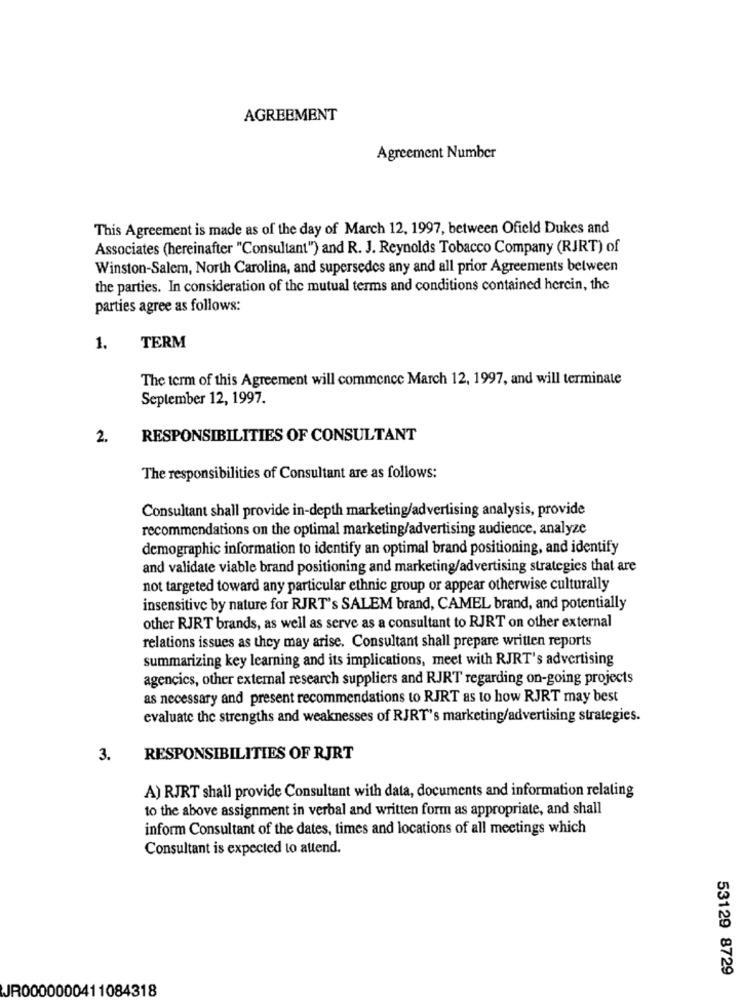
AGREEMENT
Agreement Number
This Agreement is made as of the day of March 12, 1997, between Ofield Dukes and
Associates (hereinafter "Consultant") and R. J. Reynolds Tobacco Company (RJRT) of
Winston-Salem, North Carolina, and supersedes any and all prior Agreements between
the parties. In consideration of the mutual terms and conditions contained herein, the
parties agree as follows:
1.
TERM
The term of this Agreement will commence March 12, 1997, and will terminate
September 12, 1997.
2.
RESPONSIBILITIES OF CONSULTANT
The responsibilities of Consultant are as follows:
Consultant shall provide in-depth marketing/advertising analysis, provide
recommendations on the optimal marketing/advertising audience, analyze
demographic information to identify an optimal brand positioning, and identify
and validate viable brand positioning and marketing/advertising strategies that are
not targeted toward any particular ethnic group or appear otherwise culturally
insensitive by nature for RJRT's SALEM brand, CAMEL brand, and potentially
other RJRT brands, as well as serve as a consultant to RJRT on other external
relations issues as they may arise. Consultant shall prepare written reports
summarizing key learning and its implications, meet with RJRT's advertising
agencics, other external research suppliers and RJRT regarding on-going projects
as necessary and present recommendations to RJRT as to how RJRT may best
evaluate the strengths and weaknesses of RJRT's marketing/advertising strategies.
3.
RESPONSIBILITIES OF RJRT
A) RJRT shall provide Consultant with data, documents and information relating
to the above assignment in verbal and written form as appropriate, and shall
inform Consultant of the dates, times and locations of all meetings which
Consultant is expected to attend.
53129 8729
JR0000000411084318